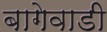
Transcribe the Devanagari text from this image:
बागेवाडी